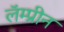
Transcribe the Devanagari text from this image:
लॅम्प्रीन